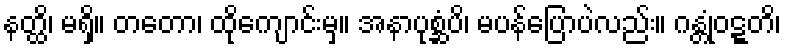
နတ္ထိ၊ မရှိ။ တတော၊ ထိုကျောင်းမှ။ အနာပုစ္ဆံပိ၊ မပန်ပြောပဲလည်း။ ဂန္တုံဝဋ္ဋတိ၊